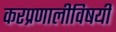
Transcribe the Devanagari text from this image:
करप्रणालीविषयी